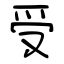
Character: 受